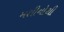
મશીનોથી